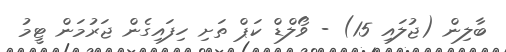
ބާލިން (ޖުލައި 15) - ވޯލްޑް ކަޕް ތަށި ހިފައިގެން ޖަރުމަން ޓީމު